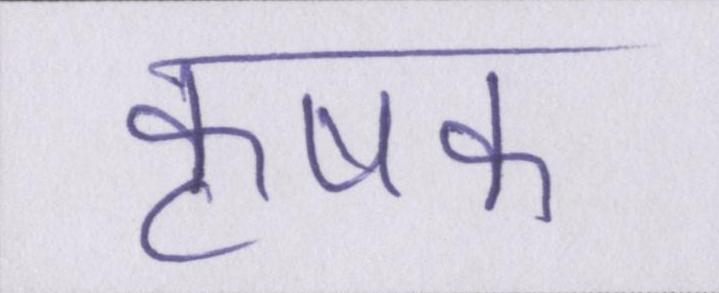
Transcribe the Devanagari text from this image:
कृषक